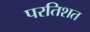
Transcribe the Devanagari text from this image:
परतिशत